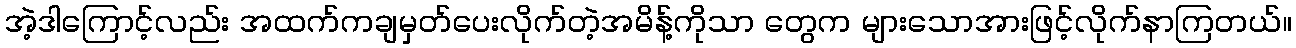
အဲ့ဒါကြောင့်လည်း အထက်ကချမှတ်ပေးလိုက်တဲ့အမိန့်ကိုသာ တွေက များသောအားဖြင့်လိုက်နာကြတယ်။